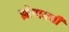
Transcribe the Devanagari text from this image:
झोपायची